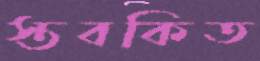
স্তবকিত